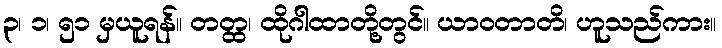
၃၊ ၁၊ ၅၁ မှယူရန်။ တတ္ထ၊ ထိုဂါထာတို့တွင်။ ယာဝတာတိ၊ ဟူသည်ကား။